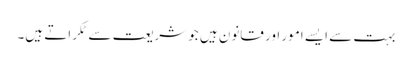
بہت سے ایسے امور اور قانون ہیں جو شریعت سے ٹکراتے ہیں۔